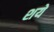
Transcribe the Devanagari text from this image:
शये